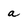
Character: a